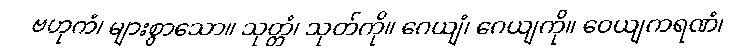
ဗဟုကံ၊ များစွာသော။ သုတ္တံ၊ သုတ်ကို။ ဂေယျံ၊ ဂေယျကို။ ဝေယျကရဏံ၊